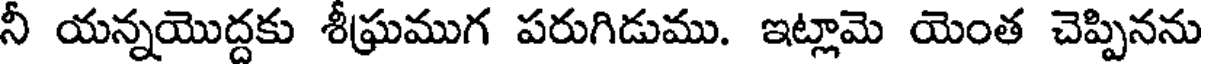
నీ యన్నయొద్దకు శీఘ్రముగ పరుగిడుము. ఇట్లామె యెంత చెప్పినను